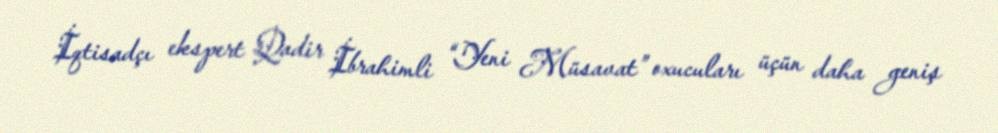
İqtisadçı ekspert Qadir İbrahimli “Yeni Müsavat” oxucuları üçün daha geniş